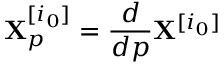
\mathbf { X } _ { p } ^ { [ i _ { 0 } ] } = \frac { d } { d p } \mathbf { X } ^ { [ i _ { 0 } ] }